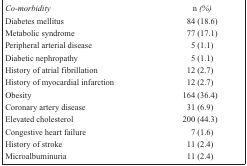
<table><thead><tr><td><b><i>Co-morbidity</i></b></td><td><b><i>n (%)</i></b></td></tr></thead><tbody><tr><td>Diabetes mellitus</td><td>84 (18.6)</td></tr><tr><td>Metabolic syndrome</td><td>77 (17.1)</td></tr><tr><td>Peripheral arterial disease</td><td>5 (1.1)</td></tr><tr><td>Diabetic nephropathy</td><td>5 (1.1)</td></tr><tr><td>History of atrial fibrillation</td><td>12 (2.7)</td></tr><tr><td>History of myocardial infarction</td><td>12 (2.7)</td></tr><tr><td>Obesity</td><td>164 (36.4)</td></tr><tr><td>Coronary artery disease</td><td>31 (6.9)</td></tr><tr><td>Elevated cholesterol</td><td>200 (44.3)</td></tr><tr><td>Congestive heart failure</td><td>7 (1.6)</td></tr><tr><td>History of stroke</td><td>11 (2.4)</td></tr><tr><td>Microalbuminuria</td><td>11 (2.4)</td></tr></tbody></table>